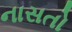
નાસતો